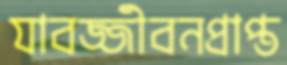
যাবজ্জীবনপ্রাপ্ত